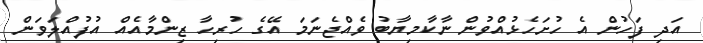
އަދި ފަހުން އެ ހުށަހެޅުއްވުން ނާކާމިޔާބު ވެއްޖެނަމަ އޭގެ ހުރިހާ ޒިންމާއެއް އުފުއްލަވަން